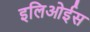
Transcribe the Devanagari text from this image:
इलिओईस